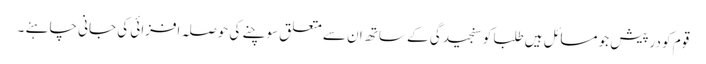
قوم کو درپیش جو مسائل ہیں طلبا کو سنجیدگی کے ساتھ ان سے متعلق سوچنے کی حوصلہ افزائی کی جانی چاہئے ۔